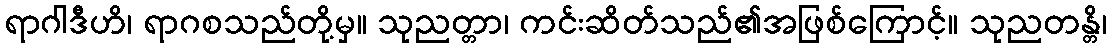
ရာဂါဒီဟိ၊ ရာဂစသည်တို့မှ။ သုညတ္တာ၊ ကင်းဆိတ်သည်၏အဖြစ်ကြောင့်။ သုညတန္တိ၊